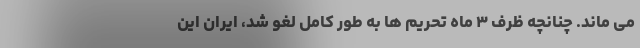
می ماند. چنانچه ظرف ۳ ماه تحریم ها به طور کامل لغو شد، ایران این